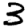
Digit: 3